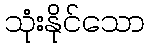
သုံးနိုင်သော